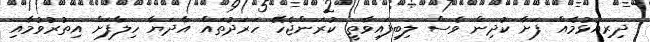
ދިރިއުޅުމެއް ފަށާ ކުދިން ވެސް ލިބިފައިވާތީ ކުރަންޖެހޭ ހަރަދުތައް އާދަޔާ ހިލާފަށް އިތުރުވުމާއި